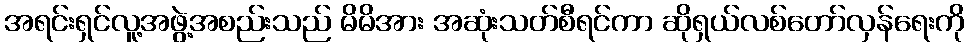
အရင်းရှင်လူ့အဖွဲ့အစည်းသည် မိမိအား အဆုံးသတ်စီရင်ကာ ဆိုရှယ်လစ်တော်လှန်ရေးကို